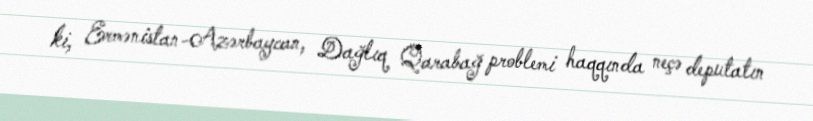
ki, Ermənistan-Azərbaycan, Dağlıq Qarabağ problemi haqqında neçə deputatın